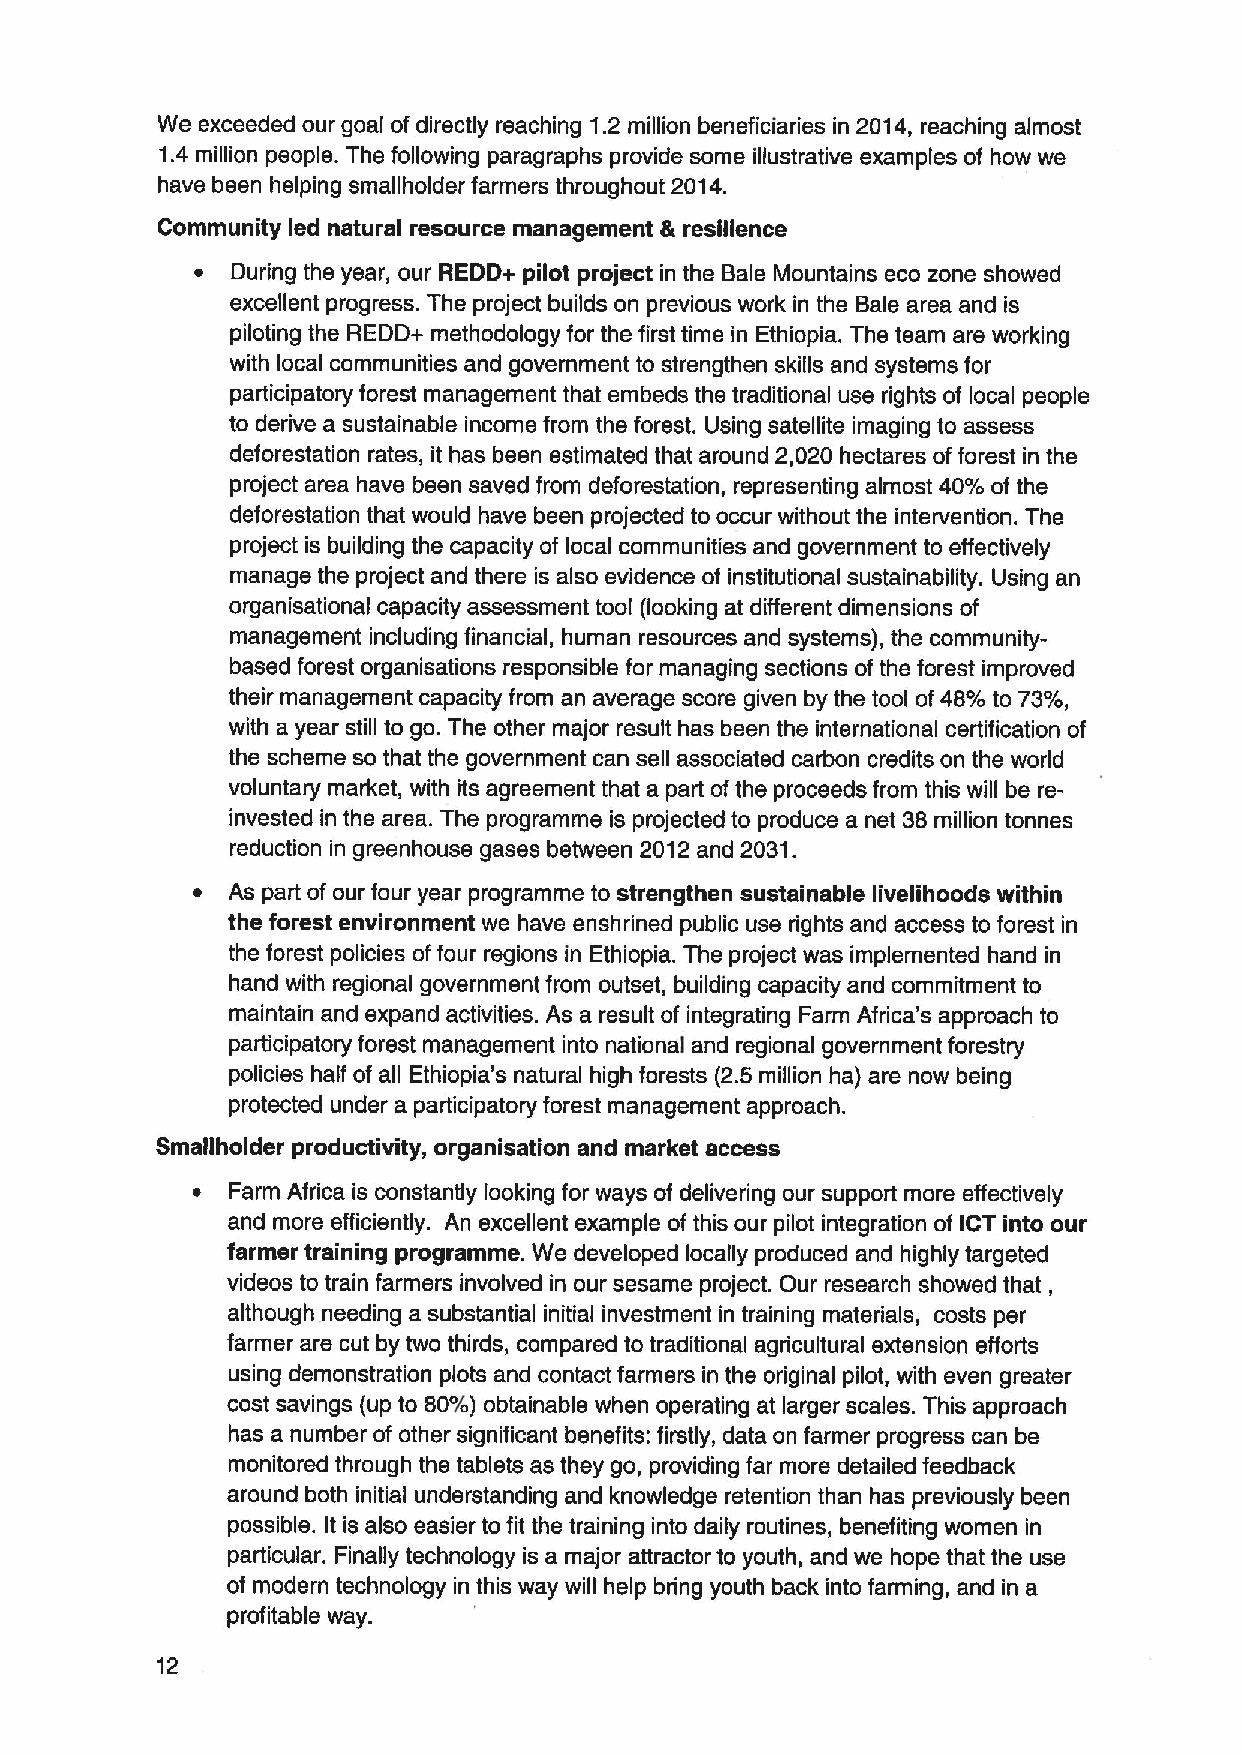
We exceeded our goal of directly reaching 1.2 million beneficiaries in 2014, reaching almost
 1.4 million people. The following paragraphs provide some illustrative examples of how we
 have been helping smallholder farmers throughout 2014.
 Community led natural resource management 8 resilience
 ~ During the year, our REDD+ pilot project in the Bale Mountains eco zone showed
 excellent progress. The project builds on previous work in the Bale area and is
 piloting the REDD+ methodology for the first time in Ethiopia. The team are working
 with local communities and government to strengthen skills and systems for
 participatory forest management that embeds the traditional use rights of local people
 to derive a sustainable income from the forest. Using satellite imaging to assess
 deforestation rates, it has been estimated that around 2,020 hectares offorest in the
 project area have been saved from deforestation, representing almost 40'/o of the
 deforestation that would have been projected to occur without the intervention. The
 project is building the capacity of local communities and government to effectively
 manage the project and there is also evidence of institutional sustainability. Using an
 organisational capacity assessment tool (looking at different dimensions of
 management including financial, human resources and systems), the community-
 based forest organisations responsible for managing sections of the forest improved
 their management capacity from an average score given by the tool of48'/o to 73'/o,
 with a year still to go. The other major result has been the international certification of
 the scheme so that the government can sell associated carbon credits on the world
 voluntary market, with its agreement that a part ofthe proceeds from this will be re-
 invested in the area. The programme is projected to produce a net 38million tonnes
 reduction in greenhouse gases between 2012and 2031.
 ~ As part of our four year programme to strengthen sustainable livelihoods within
 the forest environment we have enshrined public use rights and access to forest in
 the forest policies of four regions in Ethiopia. The project was implemented hand in
 hand with regional government from outset, building capacity and commitment to
 maintain and expand activities. As a result of integrating Farm Africa's approach to
 participatory forest management into national and regional government forestry
 policies half of all Ethiopia's natural high forests (2.5 million ha) are now being
 protected under a participatory forest management approach.
 Smaflholder productivity, organisation and market access
 ~ Farm Africa is constantly looking for ways of delivering our support more effectively
 and more efficiently. An excellent example of this our pilot integration of ICT into our
 farmer training programme. We developed locally produced and highly targeted
 videos to train farmers involved in our sesame project. Our research showed that,
 although needing a substantial initial investment in training materials, costs per
 farmer are cut by two thirds, compared to traditional agricultural extension efforts
 using demonstration plots and contact farmers in the original pilot, with even greater
 cost savings (up to 80'/) obtainable when operating at larger scales. This approach
 has a number of other significant benefits: firstly, data on farmer progress can be
 monitored through the tablets as they go, providing far more detailed feedback
 around both initial understanding and knowledge retention than has previously been
 possible. It is also easier to fit the training into daily routines, benefiting women in
 particular. Finally technology is a major attractor to youth, and we hope that the use
 of modern technology in this way will help bring youth back into farming, and in a
 profitable way.
 12